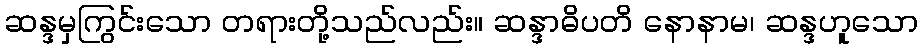
ဆန္ဒမှကြွင်းသော တရားတို့သည်လည်း။ ဆန္ဒာဓိပတိ နောနာမ၊ ဆန္ဒဟူသော